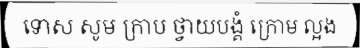
ទោស សូម ក្រាប ថ្វាយបង្គំ ក្រោម ល្អង